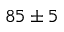
8 5 \pm 5